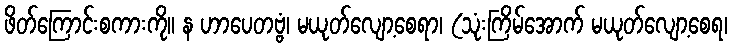
ဖိတ်ကြောင်းစကားကို။ န ဟာပေတဗ္ဗံ၊ မယုတ်လျော့စေရာ၊ (သုံးကြိမ်အောက် မယုတ်လျော့စေရ၊